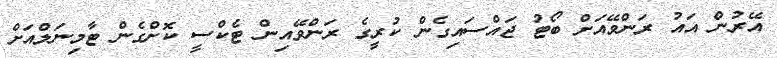
އޭރުން އައު ރަންވޭއަށް ބޯޓު ޖައްސައިގެން ކުރީގެ ރަންވޭއިން ޓެކްސީ ކޮށްގެން ޓާމިނަލްއަށް